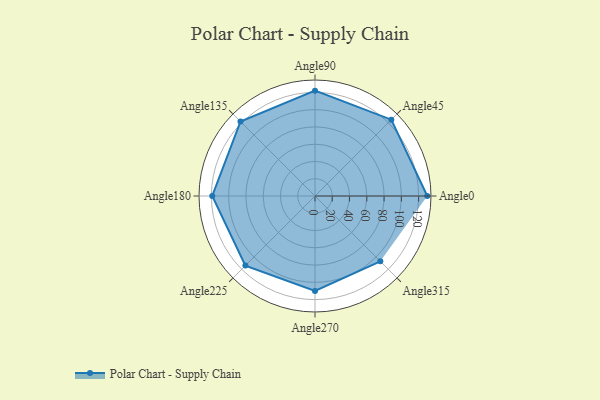
{"axis": {"x": "Angle", "y": "Radius"}, "legend": [""], "data": [{"x": "Angle0", "y": 130.0, "type": ""}, {"x": "Angle45", "y": 125.0, "type": ""}, {"x": "Angle90", "y": 122.0, "type": ""}, {"x": "Angle135", "y": 122.0, "type": ""}, {"x": "Angle180", "y": 119.0, "type": ""}, {"x": "Angle225", "y": 114.0, "type": ""}, {"x": "Angle270", "y": 110.0, "type": ""}, {"x": "Angle315", "y": 107.0, "type": ""}]}